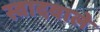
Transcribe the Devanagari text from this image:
स्वादवाले